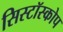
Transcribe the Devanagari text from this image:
सिस्टॉस्कोप